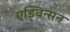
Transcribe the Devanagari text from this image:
एड्विन्सन